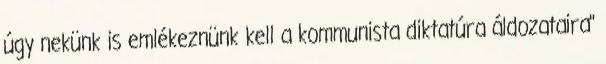
úgy nekünk is emlékeznünk kell a kommunista diktatúra áldozataira"